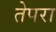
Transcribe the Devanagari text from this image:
तेपरा